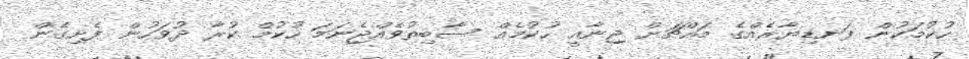
ހުކުމަކުން ފަނޑިޔާރެއްގެ މައްޗަށް ޖިނާއީ ހުކުމެއް ސާބިތުވެއްޖެނަމަ ހުކުމް ކުރާ ދުވަހުން ފެށިގެން